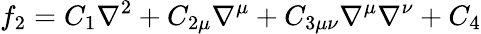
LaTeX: f_{2}=C_{1}\nabla^{2}+C_{2\mu}\nabla^{\mu}+C_{3\mu\nu}\nabla^{\mu}\nabla^{\nu}+C_{4}